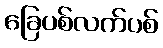
ခြေပစ်လက်ပစ်